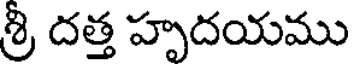
శ్రీ దత్త హృదయము